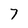
Character: 7